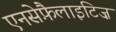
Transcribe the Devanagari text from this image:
एनसेफ़ैलाइटिज़